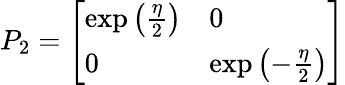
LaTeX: P_{2}={\left[\begin{array}{ll}{\exp\left({\frac{\eta}{2}}\right)}&{0}\\ {0}&{\exp\left(-{\frac{\eta}{2}}\right)}\end{array}\right]}